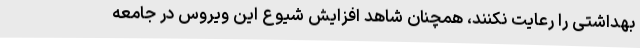
بهداشتی را رعایت نکنند، همچنان شاهد افزایش شیوع این ویروس در جامعه